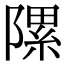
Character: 𨻽